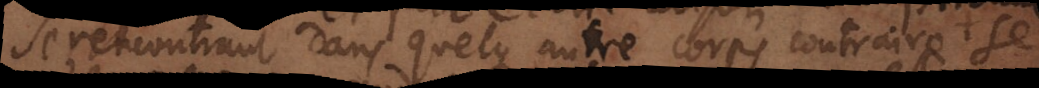
se rencontrant dans quelque autre corps contraire se